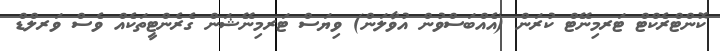
ކޮންޓްރެކްޓް ޓަރމިނޭޓް ކުރަން (އެއްބަސްވުން އުވާލަން) ވިޔަސް ޓަރމިނޭޝަން ގެރެންޓީތަކެއް ވެސް ވަރލްޑް